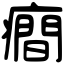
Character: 癎